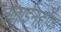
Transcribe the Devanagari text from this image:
क्लाईनहॉफ